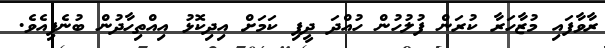
ރާވާފައި މުޒާހަރާ ކުރަން ފުލުހުން ހުއްދަ ދީފި ކަމަށް އިދިކޮޅު އިއްތިހާދުން ބުނެފިއެވެ.